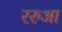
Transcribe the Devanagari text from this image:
ररुआ